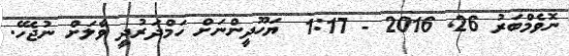
ނޮވެމްބަރު 26